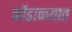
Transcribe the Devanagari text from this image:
कोंडाळ्यात